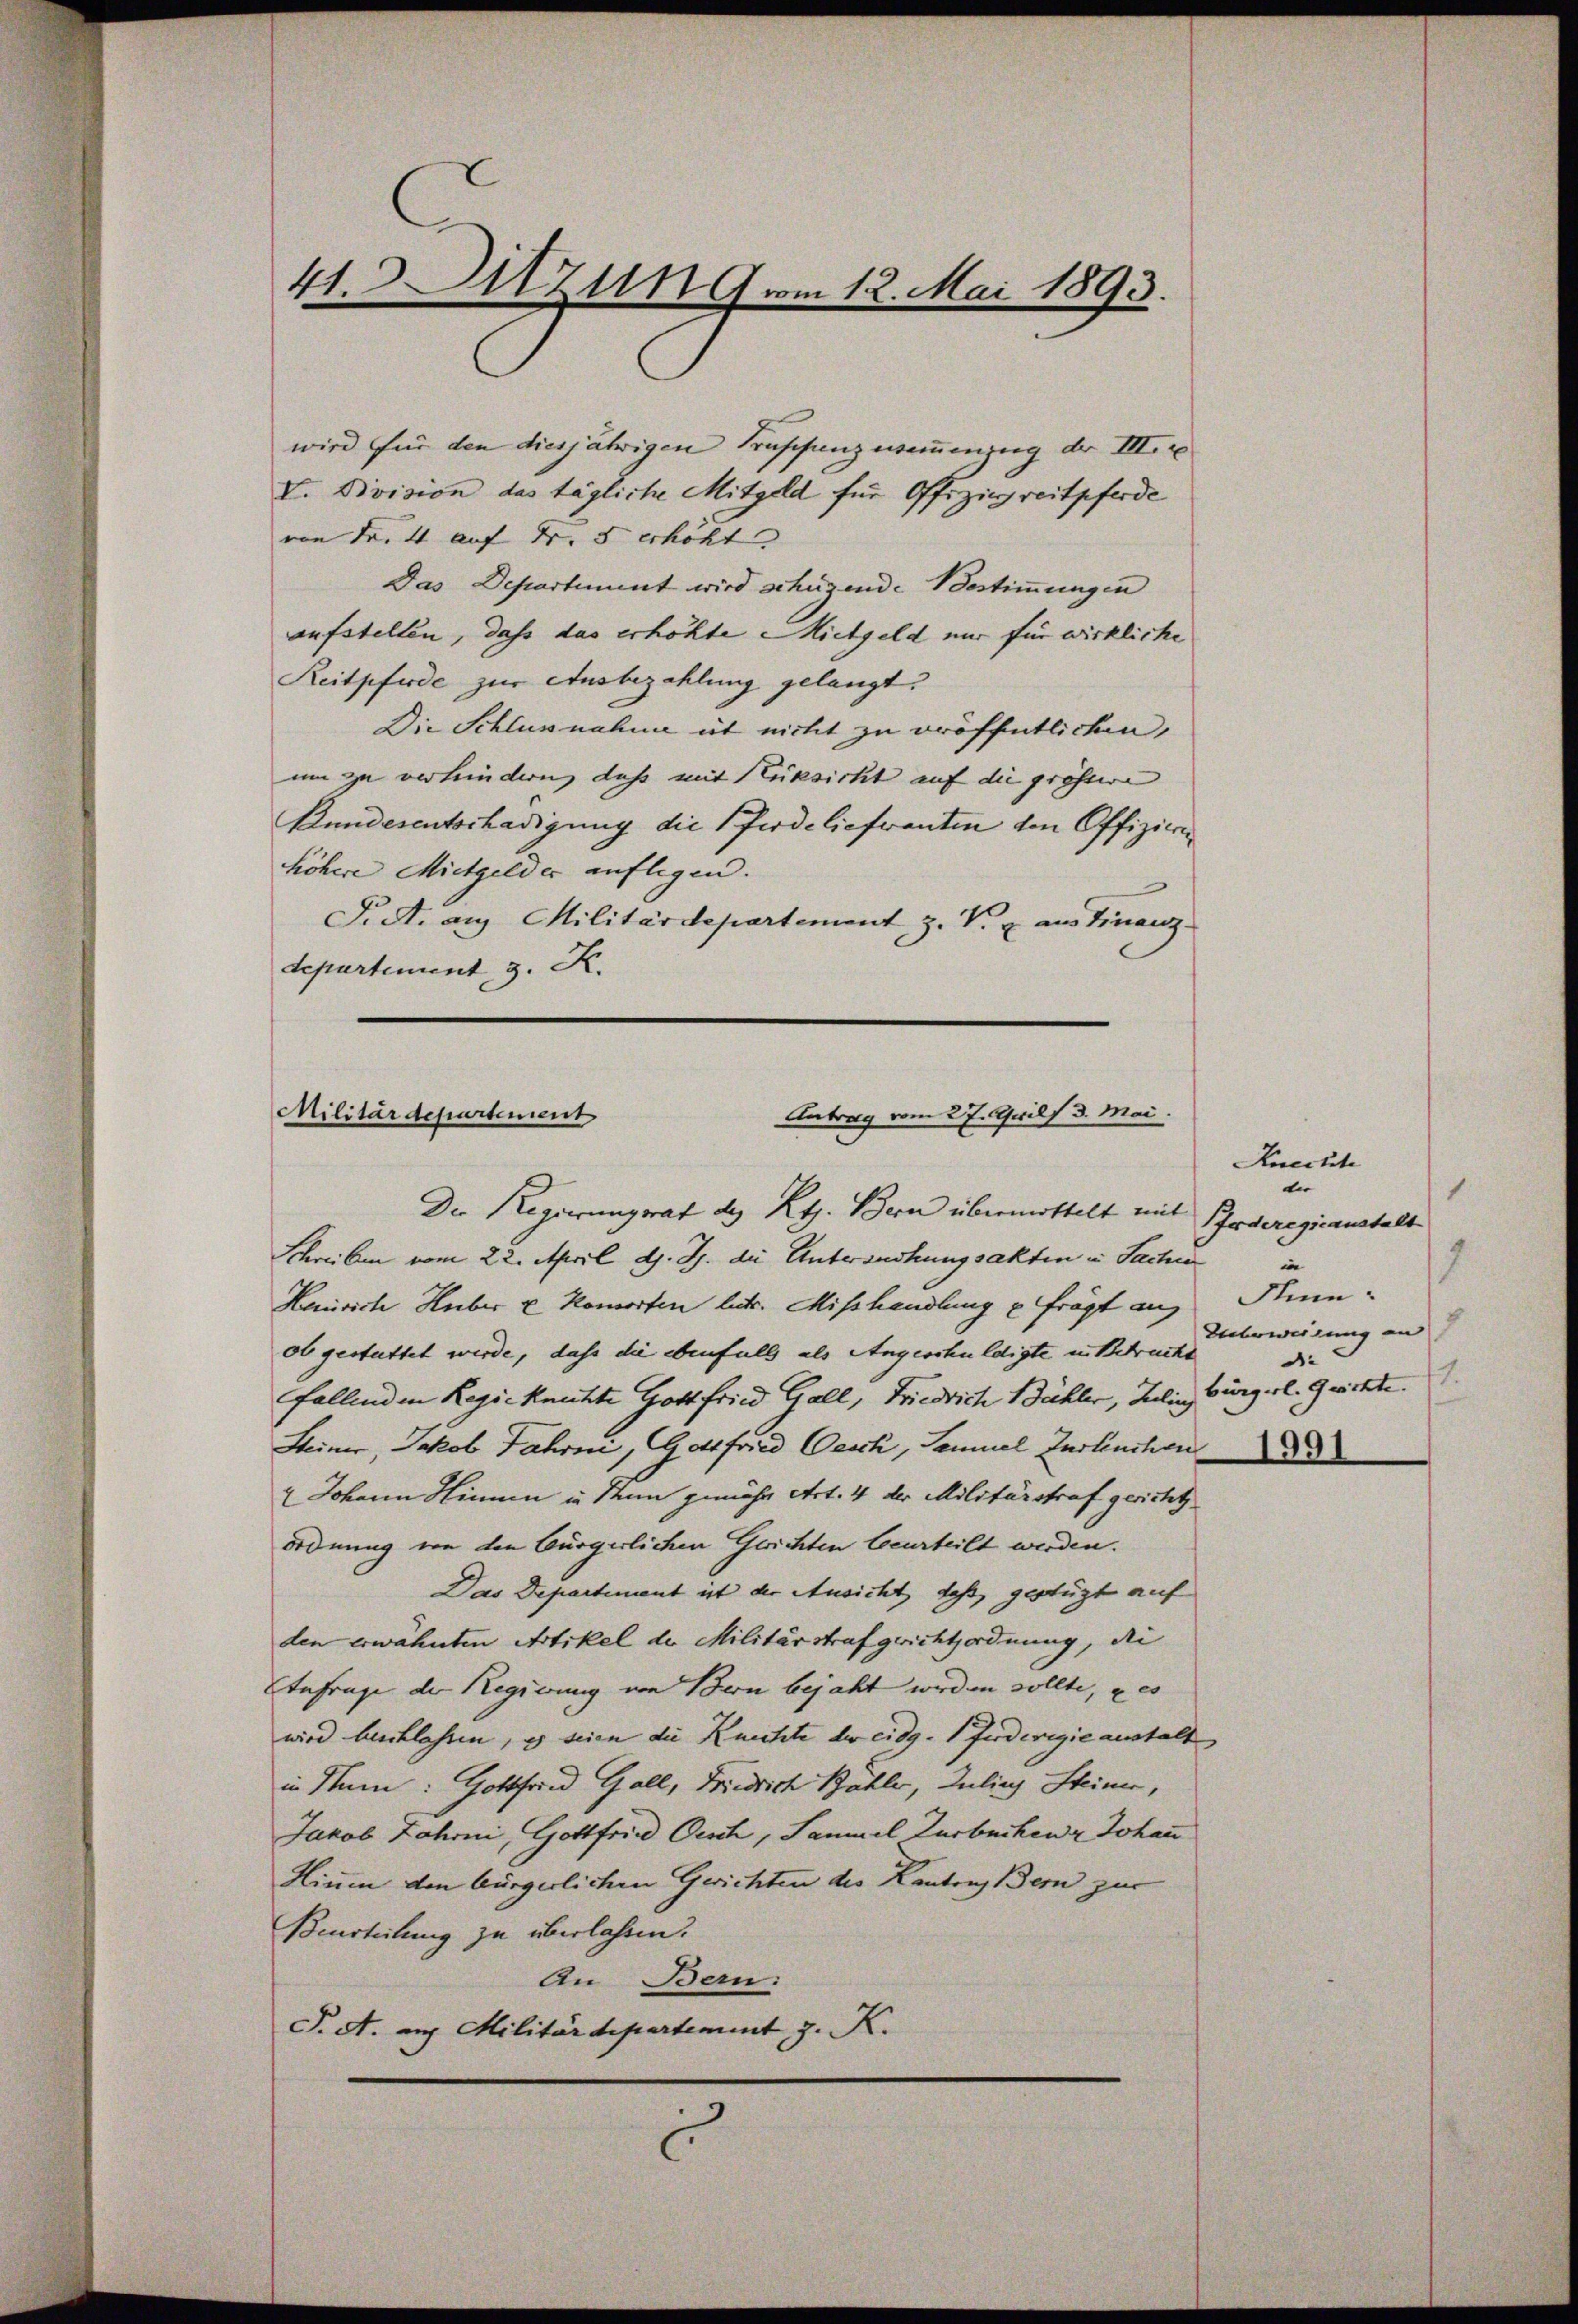
41. Sitzung vom 12. Mai 1
73.

wird für den diesjährigen Truschanz wommenzug der III.
V. Division das tägliche Mitgeld für Offiziereitpferde
von Fr. 4 auf Fr. 5 erhöht |
Das Departiment wird schüzende Bestimmungen
aufstellen, dass das erhöhte Mietgeld nur für wirkliche
Reitpferde zur Ausbezahlung gelangt.
Die Schlussnahme et nicht zu eröffentlichen,
um zu verhindern, daß mit Rüksicht auf die grössere
Bundesentschädigung die Pferdelieferanten von Offizier
höhere Mietgelder auflegen. |
S. S. aus Militärdepartement z. V. u. aus Finanz
departement, 3. K.

Militärdepartement
Antrag vom 27. Seilf 3. Mai.

Der Regierungsrat des Kts. Bern übermittelt mit
Schreiben vom 22. April d. J. die Untersuchungsakten u. Sache
Henrich Huber u Komorten betr. Mißhandlung frägt auf
ob gestattet werde, daß die ebenfalls als Angeschuldigte in Betracht
fallenden Regieknutzte Gottfried Gall, Friedrich Bühler, Julin
Steiner, Jakob Fahrni, Gottfried Oesch, Samuel Zustenchen
 Johann Hinun in Man gemähr Art. 4 der Militärstraf gericht
ordnung von den bürgerlichen Gerichten beurteilt werden.
Das Departement ist der Ansicht, daß, gestützt auf
den erwähnten Artikel der Militärstrafgerichtordnung, die
Einfrage der Regierung von Bern bejaht werden sollte, u es
wird beschlassen, es seien die Knechte der eidg. Fuderigie anstalt
in Num: Gottfried Gall, Friedrich Bahl, Julins Steiner,
Jakob Jahrni, Gottfried Oesch, Sammel Zurbuchen Johan
Hium den bürgerlichen Gerichten des Kantons Bern zur
Beurteilung zu überlassen.
An Bern:
P. A. auf Militärdepartement z. K.
.

Knechte
n
1
Irderegicanstalt
in
Min.
Züberweisung an
de
1.
bürgerl. Gerichte.
1991